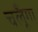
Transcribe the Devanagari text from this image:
चलूँगा